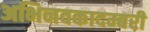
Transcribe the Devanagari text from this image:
अभिनवकादम्बरी